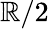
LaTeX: \mathbb{R}/2